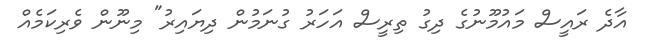
އާދެ ރައީސް މައުމޫނުގެ ދިގު ތިރީސް އަހަރު ގުނަމުން ދިޔައިރު" މިނޫން ވެރިކަމެއް